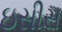
ઇસીસ